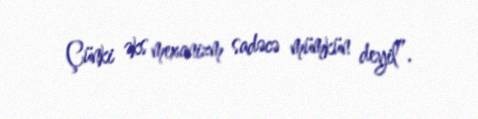
Çünki əks mexanizm sadəcə mümkün deyil”.